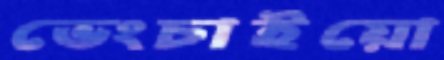
ভেংচাইয়ো